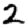
Digit: 2